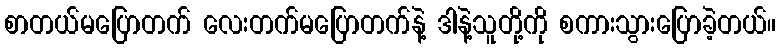
စာတယ်မပြောတက် လေးတက်မပြောတက်နဲ့ ဒါနဲ့သူတို့ကို စကားသွားပြောခဲ့တယ်။